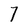
Character: 7